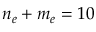
n _ { e } + m _ { e } = 1 0